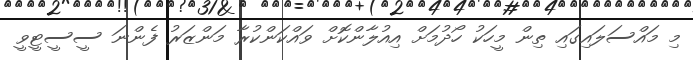
މި މައްސަލައިގައި ތިން މީހަކު ހޯދުމަށް އިއުލާންކޮށް ވައްކަންކުރާ މަންޒަރު ފެންނަ ސީސީޓީވީ